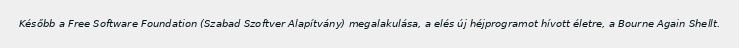
Később a Free Software Foundation (Szabad Szoftver Alapítvány) megalakulása, a elés új héjprogramot hívott életre, a Bourne Again Shellt.